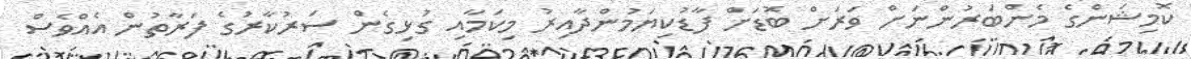
ކޮމިޝަންގެ މެންބަރުންނަށް ވަރަށް ބޮޑަށް ފާޑުކިޔަމުންދާއިރު މިކަމާއި ގުޅިގެން ސަރުކާރުގެ ފަރާތުން އެއްވެސް